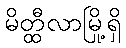
မိတ္ထီလာမြို့ရှိ